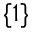
\{ 1 \}